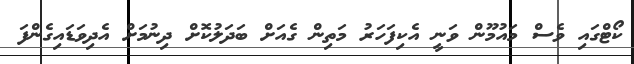
ކޯޓްގައި ވެސް މައުމޫން ވަނީ އެކިފަހަރު މަތިން ގެއަށް ބަދަލުކޮށް ދިނުމަށް އެދިވަޑައިގެންފަ